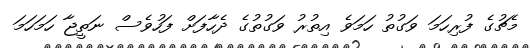
މެޗުގެ ފުރިހަމަ ވަގުތު ހަމަވެ އިތުރު ވަގުތުގެ ދެހާފަށް ފަހުވެސް ނަތީޖާ ހަމަހަމަ